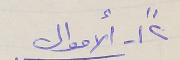
٢"\- الأموال